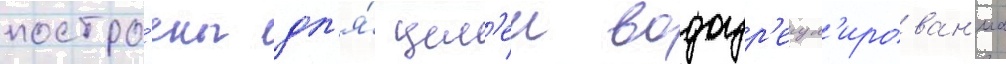
постро́ены дл'я́ цел'еи водоур'егул'ирован'иа